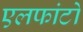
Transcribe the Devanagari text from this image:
एलफांटो